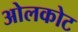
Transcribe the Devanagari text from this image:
ओलकोट